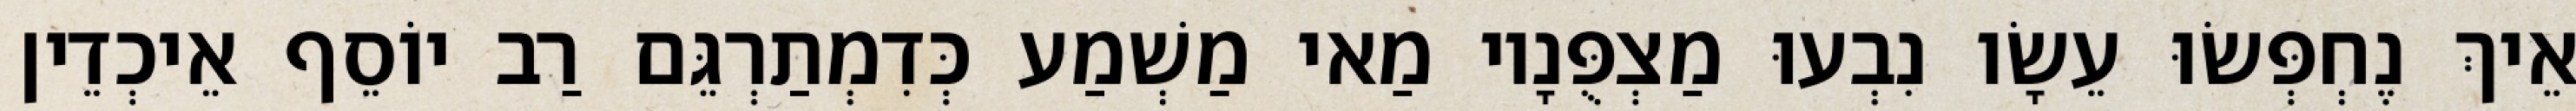
אֵיךְ נֶחְפְּשׂוּ עֵשָׂו נִבְעוּ מַצְפֻּנָיו מַאי מַשְׁמַע כְּדִמְתַרְגֵּם רַב יוֹסֵף אֵיכְדֵין